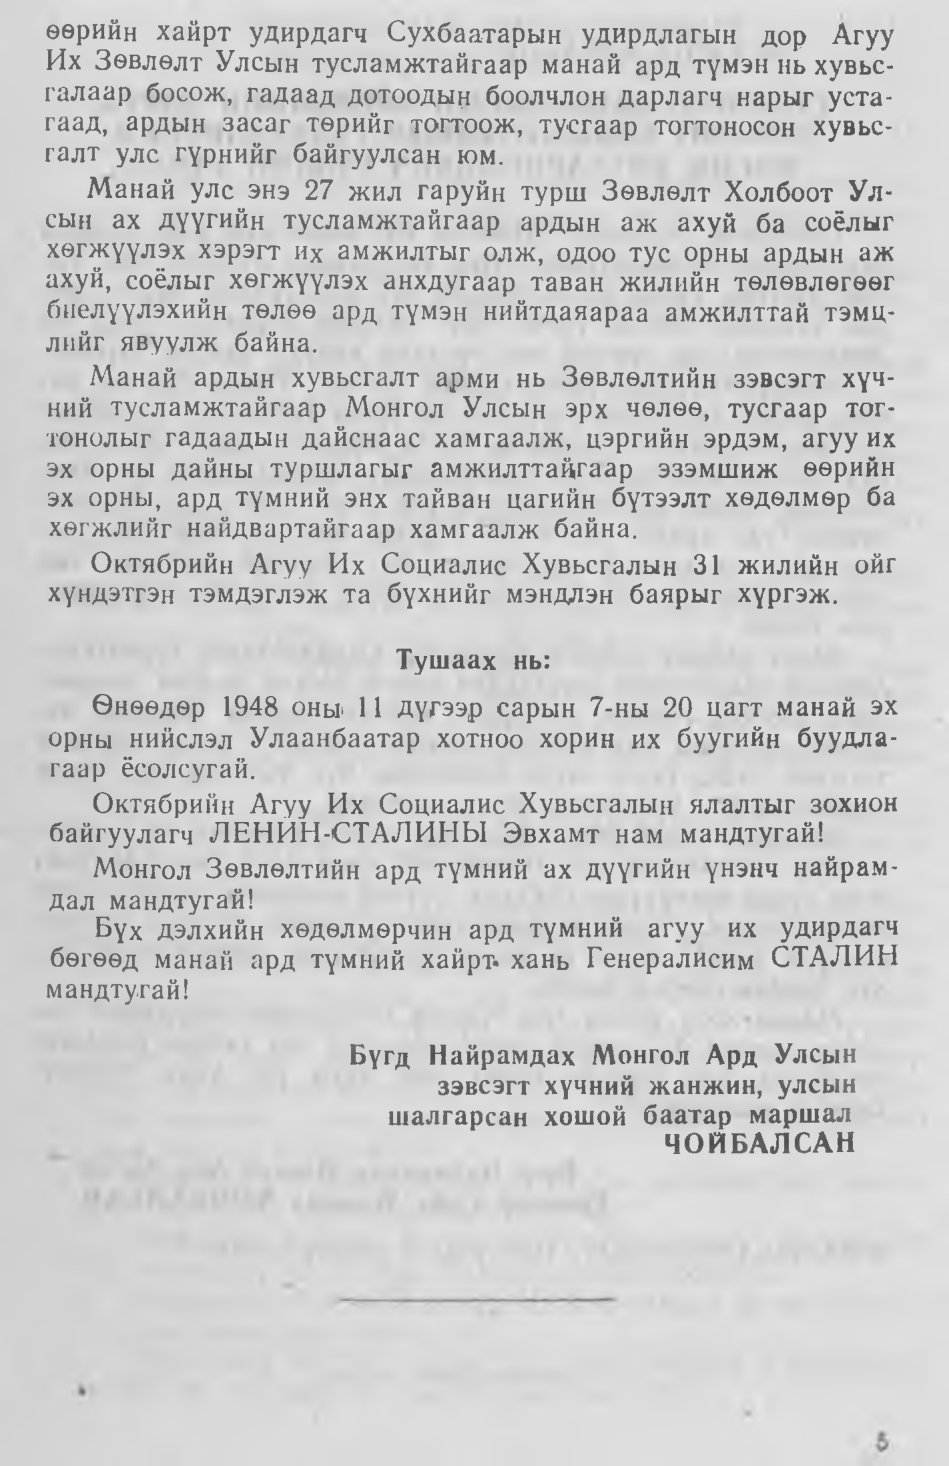
Language: mn